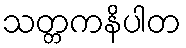
သတ္တကနိပါတ